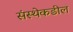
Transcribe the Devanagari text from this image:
संस्थेकडील